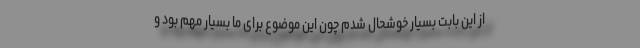
از این بابت بسیار خوشحال شدم چون این موضوع برای ما بسیار مهم بود و